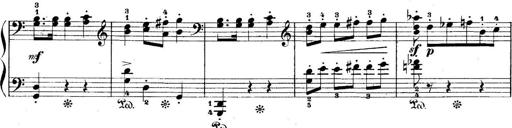
Title: 5 Sonatinas
Composer: Theodor Kirchner